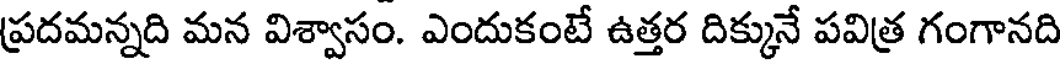
ప్రదమన్నది మన విశ్వాసం. ఎందుకంటే ఉత్తర దిక్కునే పవిత్ర గంగానది